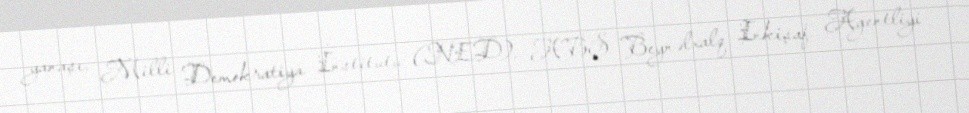
yanaşı, Milli Demokratiya İnstitutu (NED), ABŞ Beynəlxalq İnkişaf Agentliyi